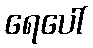
ရေပေါ်